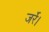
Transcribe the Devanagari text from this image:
जर्रे।